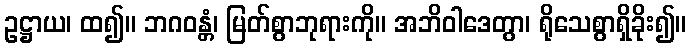
ဥဋ္ဌာယ၊ ထ၍။ ဘဂဝန္တံ၊ မြတ်စွာဘုရားကို။ အဘိဝါဒေတွာ၊ ရိုသေစွာရှိခိုး၍။